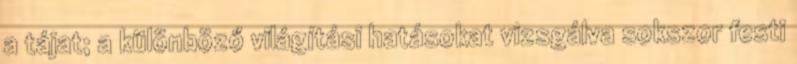
a tájat; a különböző világítási hatásokat vizsgálva sokszor festi